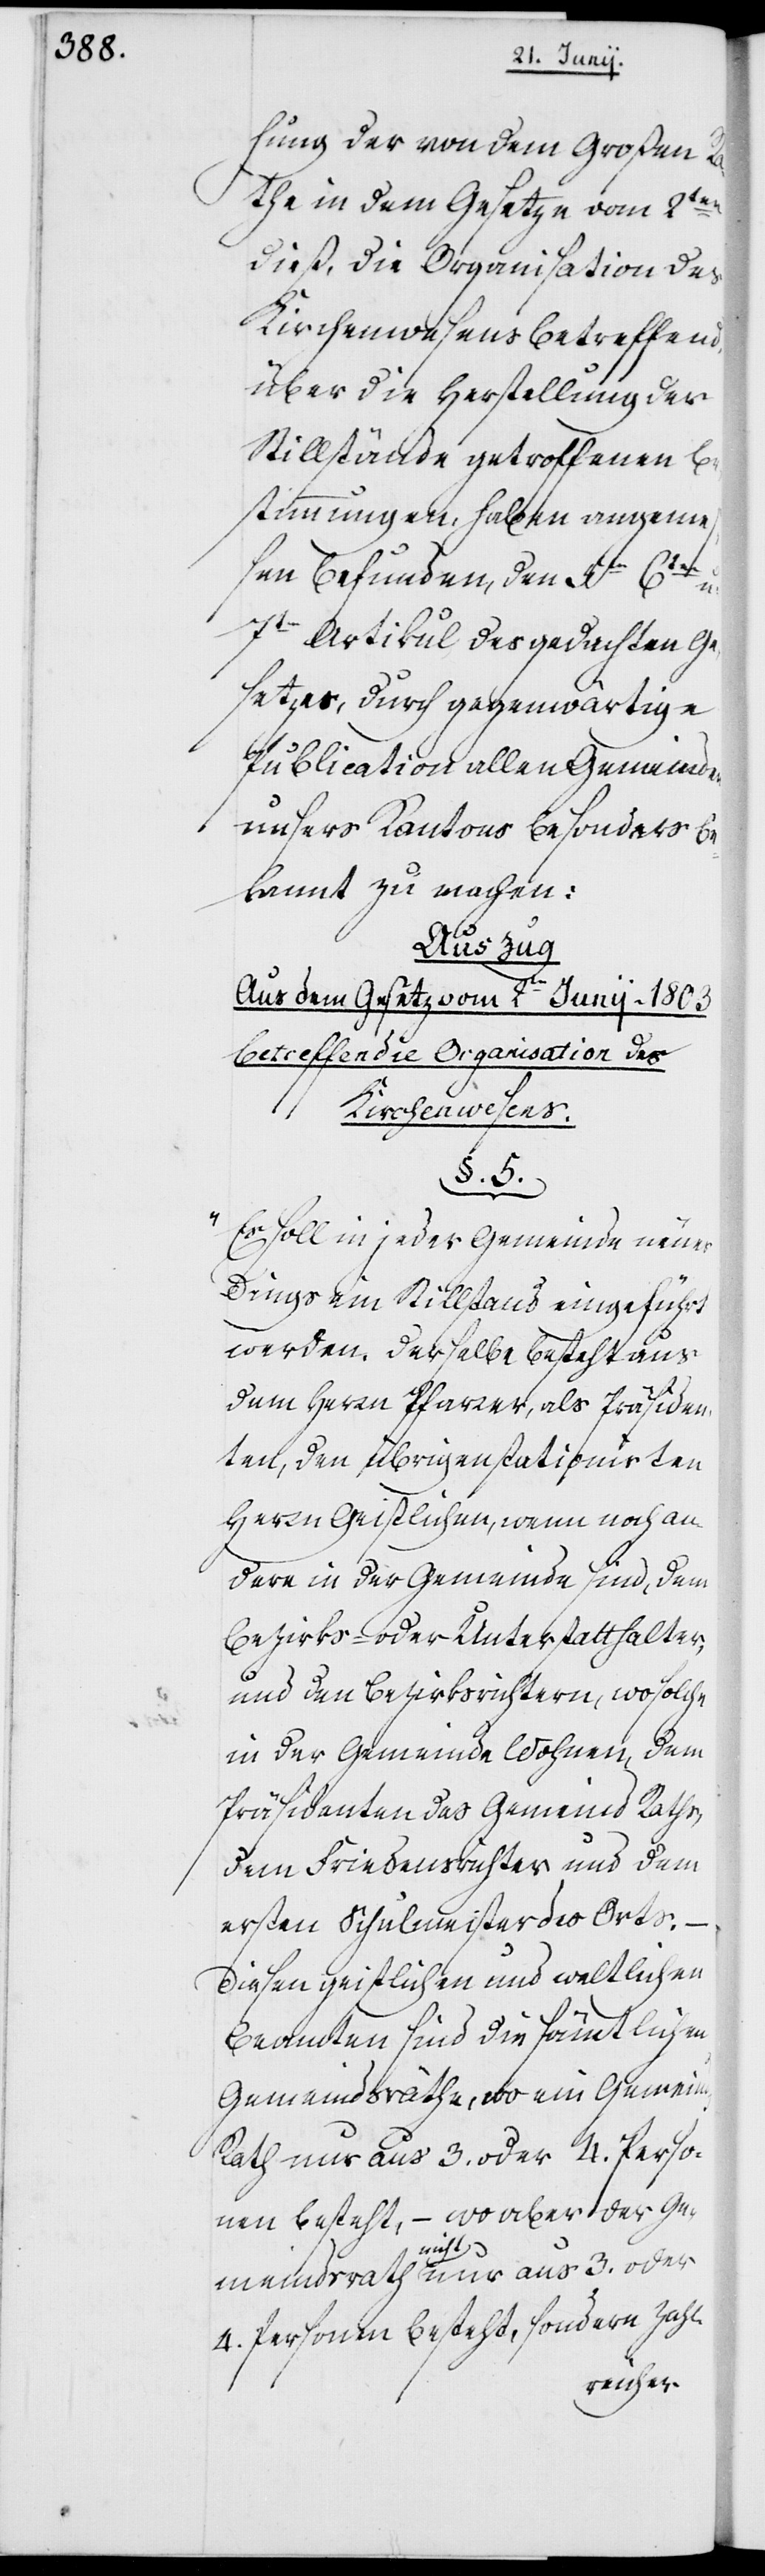
hung der von dem Großen Ra¬
the in dem Gesetze vom 2ten
dieß, die Organisation des
Kirchenwesens betreffend,
über die Herstellung der
Stillstände getroffenen Be¬
stimmungen, haben angeme¬
ßen befunden, den 5ten, 6ten
7ten Artikul des gedachten Ge¬
setzes, durch gegenwärtige
Publication allen Gemeinden
unsres Kantons besonders be¬
kannt zu machen:
Auszug
Aus dem Gesetz vom 2ten Junij 1803
betreffen[d] die Organisation des
Kirchenwesens.
§. 5.
"Es soll in jeder Gemeinde neuer¬
dings ein Stillstand eingeführt
werden. Derselbe besteht aus
dem Herrn Pfarrer, als Präsiden¬
ten, den übrigen stationirten
Herrn Geistlichen, wenn noch an¬
dere in der Gemeinde sind, dem
Bezirks- oder Unterstatthalter,
und den Bezirksrichtern, wo solche
in der Gemeinde wohnen, dem
Präsidenten des Gemeind Raths,
dem Friedensrichter und dem
ersten Schulmeister des Orts.
Diesen geistlichen und weltlichen
Beamten sind die sämtlichen
Gemeindsräthe, wo ein Gemeinds
Rath nur aus 3. oder 4. Perso¬
nen besteht, – wo aber der Ge¬
meindsrath nicht nur aus 3. oder
4. Personen besteht, sondern zahl-